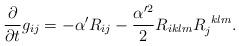
LaTeX: \begin{align*}\frac{\partial}{\partial t}g_{ij}=-\alpha'R_{ij}-\frac{\alpha'^2}{2}R_{iklm}R_{j}^{~klm}.\end{align*}